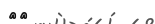
١٨